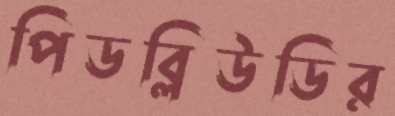
পিডব্লিউডির